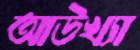
আউখ্যা